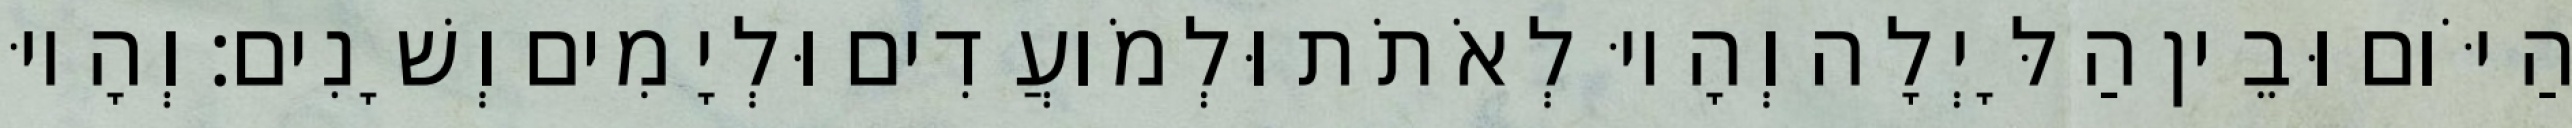
הַיֹּום וּבֵין הַלָּיְלָה וְהָיוּ לְאֹתֹת וּלְמֹועֲדִים וּלְיָמִים וְשָׁנִים׃ וְהָיוּ